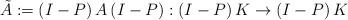
LaTeX: \begin{align*}\tilde{A}:=\left( I-P \right)A\left( I-P \right):\left( I-P \right)K\to \left( I-P \right)K\end{align*}